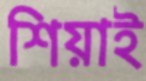
শিয়াই